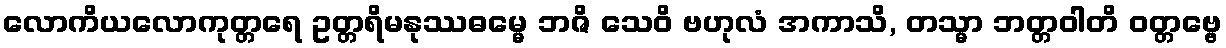
လောကိယလောကုတ္တရေ ဥတ္တရိမနုဿဓမ္မေ ဘဇိ သေဝိ ဗဟုလံ အကာသိ, တသ္မာ ဘတ္တဝါတိ ဝတ္တဗ္ဗေ